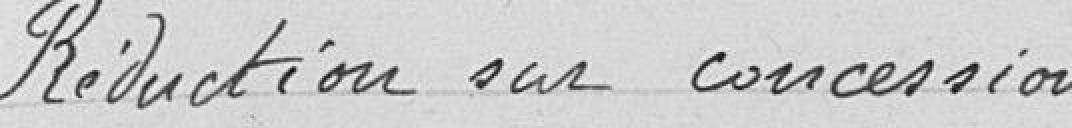
Réduction en concession